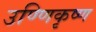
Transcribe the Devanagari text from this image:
उण्णिकृष्ण